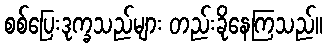
စစ်ပြေးဒုက္ခသည်များ တည်းခိုနေကြသည်။